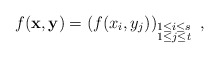
\begin{align*}f(\mathbf{x},\mathbf{y})=(f(x_i,y_j))_{\substack{ 1\le i\le s\\1\le j\le t}}\,\,\,,\end{align*}